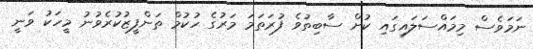
ނަމަވެސް މިމައްސަލައިގައި ކުށް ސާބިތުވެ ފުރަތަމަ މަރުގެ ހުކުމް ތަންފީޒުކުރެވުނު މީހަކު ވަނީ